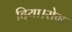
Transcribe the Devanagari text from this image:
दिया।रोग